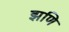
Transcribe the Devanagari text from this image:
झणि